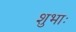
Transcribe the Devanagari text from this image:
शुभाः